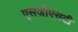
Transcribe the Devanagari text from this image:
एसजीएसटी